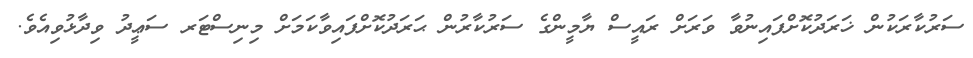
ސަރުކާރަކުން ޚަރަދުކޮށްފައިނުވާ ވަރަށް ރައީސް ޔާމީންގެ ސަރުކާރުން ޙަރަދުކޮށްފައިވާކަމަށް މިނިސްޓަރ ސަޢީދު ވިދާޅުވިއެވެ.